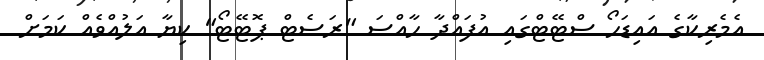
އެމެރިކާގެ އައިޑަހޯ ސްޓޭޓްގައި އުފައްދާ ހާއްސަ "ރަސެޓް ޕޮޓޭޓޯ" ކިޔާ އަލުއްވެއް ކަމަށް